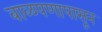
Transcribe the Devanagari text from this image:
बाळपणापासून